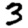
Digit: 3